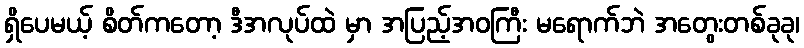
ရှိပေမယ့် စိတ်ကတော့ ဒီအလုပ်ထဲ မှာ အပြည့်အဝကြီး မရောက်ဘဲ အတွေးတစ်ခုခု၊